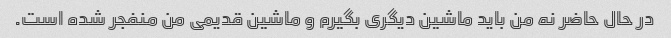
در حال حاضر نه من باید ماشین دیگری بگیرم و ماشین قدیمی من منفجر شده است.